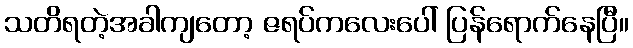
သတိရတဲ့အခါကျတော့ ဇရပ်ကလေးပေါ် ပြန်ရောက်နေပြီ။